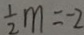
\frac { 1 } { 2 } m = - 2